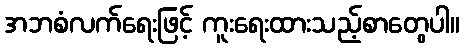
အဘစံလက်ရေးဖြင့် ကူးရေးထားသည့်စာတွေပါ။